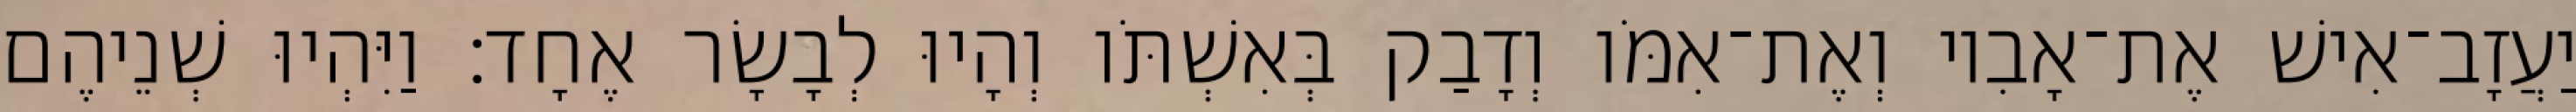
יַעֲזָב־אִישׁ אֶת־אָבִיו וְאֶת־אִמֹּו וְדָבַק בְּאִשְׁתֹּו וְהָיוּ לְבָשָׂר אֶחָד׃ וַיִּהְיוּ שְׁנֵיהֶם